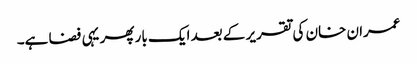
عمران خان کی تقریر کے بعد ایک بار پھر یہی فضا ہے۔